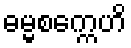
ဓမ္မစက္ကေဟိ